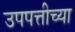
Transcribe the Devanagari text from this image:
उपपत्तीच्या